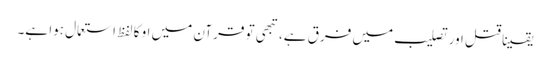
یقینا قتل اور تصلیب میں فرق ہے، تبھی تو قرآن میں او کا لفظ استعمال ہوا ہے۔